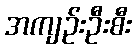
အကျဉ်းဦးစီး